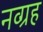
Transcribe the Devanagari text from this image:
नव्ग्रह